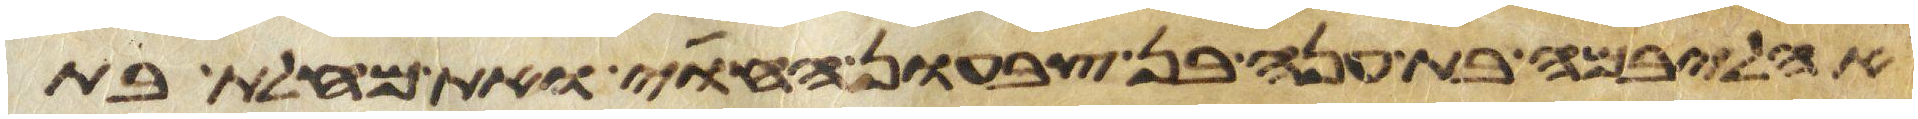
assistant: אהליבמה בת ענה בן צבעון החוי ואת מחלת בת